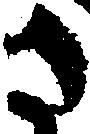
さ